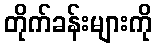
တိုက်ခန်းများကို